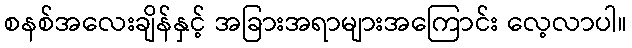
စနစ်အလေးချိန်နှင့် အခြားအရာများအကြောင်း လေ့လာပါ။